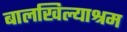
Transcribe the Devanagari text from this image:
बालखिल्याश्रम